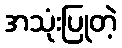
အသုံးပြုတဲ့